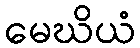
မေဃိယံ